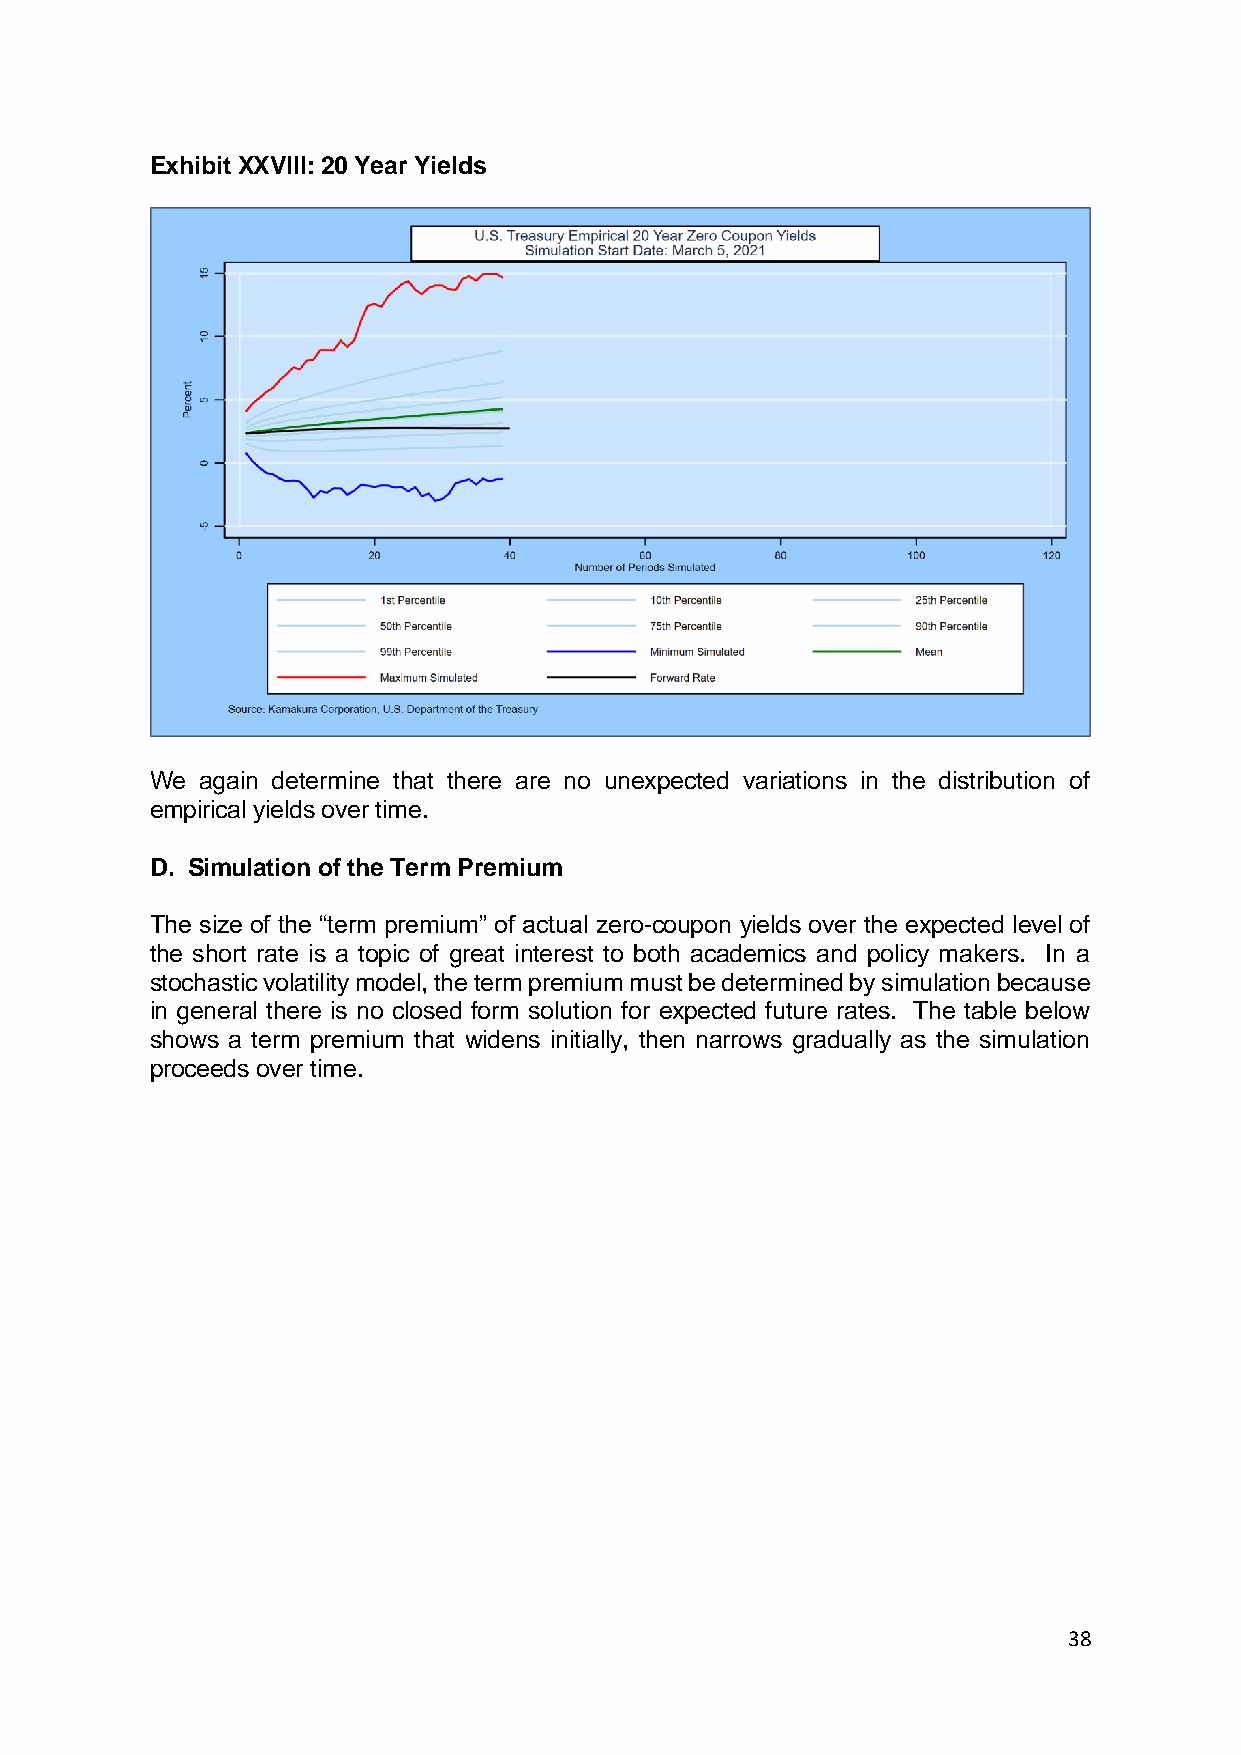
Exhibit XXVIII: 20 Year Yields
 We again determine that there are no unexpected variations in the distribution of
 empirical yields over time.
 D. Simulation of the Term Premium
 The size of the “term premium” of actual zero-coupon yields over the expected level of
 the short rate is a topic of great interest to both academics and policy makers. In a
 stochastic volatility model, the term premium must be determined by simulation because
 in general there is no closed form solution for expected future rates. The table below
 shows a term premium that widens initially, then narrows gradually as the simulation
 proceeds over time.
 38